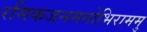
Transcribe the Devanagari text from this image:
रसिकजनमनोभिराममु